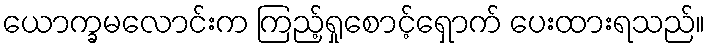
ယောက္ခမလောင်းက ကြည့်ရှုစောင့်ရှောက် ပေးထားရသည်။